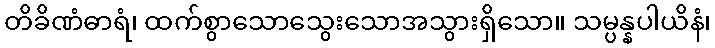
တိခိဏံဓာရံ၊ ထက်စွာသောသွေးသောအသွားရှိသော။ သမ္ပန္နပါယိနံ၊